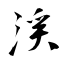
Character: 渓